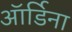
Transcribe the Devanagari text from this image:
ऑर्डिना